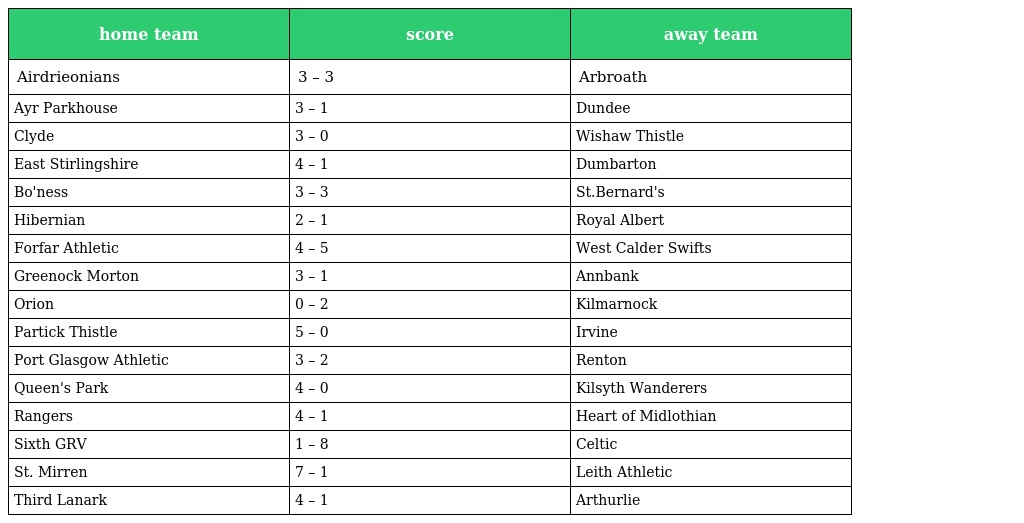
| home team | score | away team |
 | --- | --- | --- |
 | Airdrieonians | 3 – 3 | Arbroath |
 | Ayr Parkhouse | 3 – 1 | Dundee |
 | Clyde | 3 – 0 | Wishaw Thistle |
 | East Stirlingshire | 4 – 1 | Dumbarton |
 | Bo'ness | 3 – 3 | St.Bernard's |
 | Hibernian | 2 – 1 | Royal Albert |
 | Forfar Athletic | 4 – 5 | West Calder Swifts |
 | Greenock Morton | 3 – 1 | Annbank |
 | Orion | 0 – 2 | Kilmarnock |
 | Partick Thistle | 5 – 0 | Irvine |
 | Port Glasgow Athletic | 3 – 2 | Renton |
 | Queen's Park | 4 – 0 | Kilsyth Wanderers |
 | Rangers | 4 – 1 | Heart of Midlothian |
 | Sixth GRV | 1 – 8 | Celtic |
 | St. Mirren | 7 – 1 | Leith Athletic |
 | Third Lanark | 4 – 1 | Arthurlie |